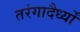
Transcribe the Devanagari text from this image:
तरंगादैर्ध्यों